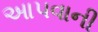
આ૫વાની